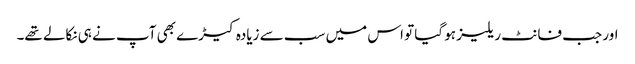
اور جب فانٹ ریلیز ہو گیا تو اس میں سب سے زیادہ کیڑے بھی آپ نے ہی نکالے تھے۔